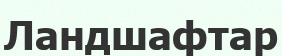
Ландшафтар